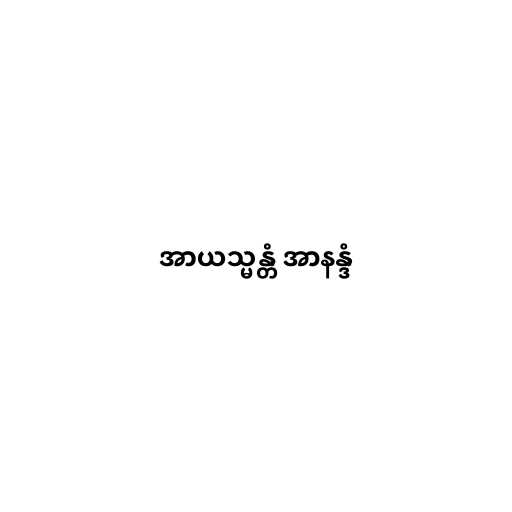
အာယသ္မန္တံ အာနန္ဒံ